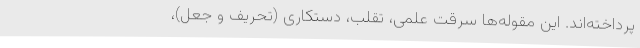
پرداخته‌اند. این مقوله‌ها سرقت علمی، تقلب، دستکاری (تحریف و جعل)،